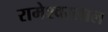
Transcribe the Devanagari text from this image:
रामेश्वरलाल